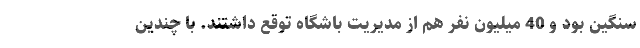
سنگین بود و 40 میلیون نفر هم از مدیریت باشگاه توقع داشتند. با چندین